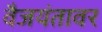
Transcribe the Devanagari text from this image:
वैजयंतावर